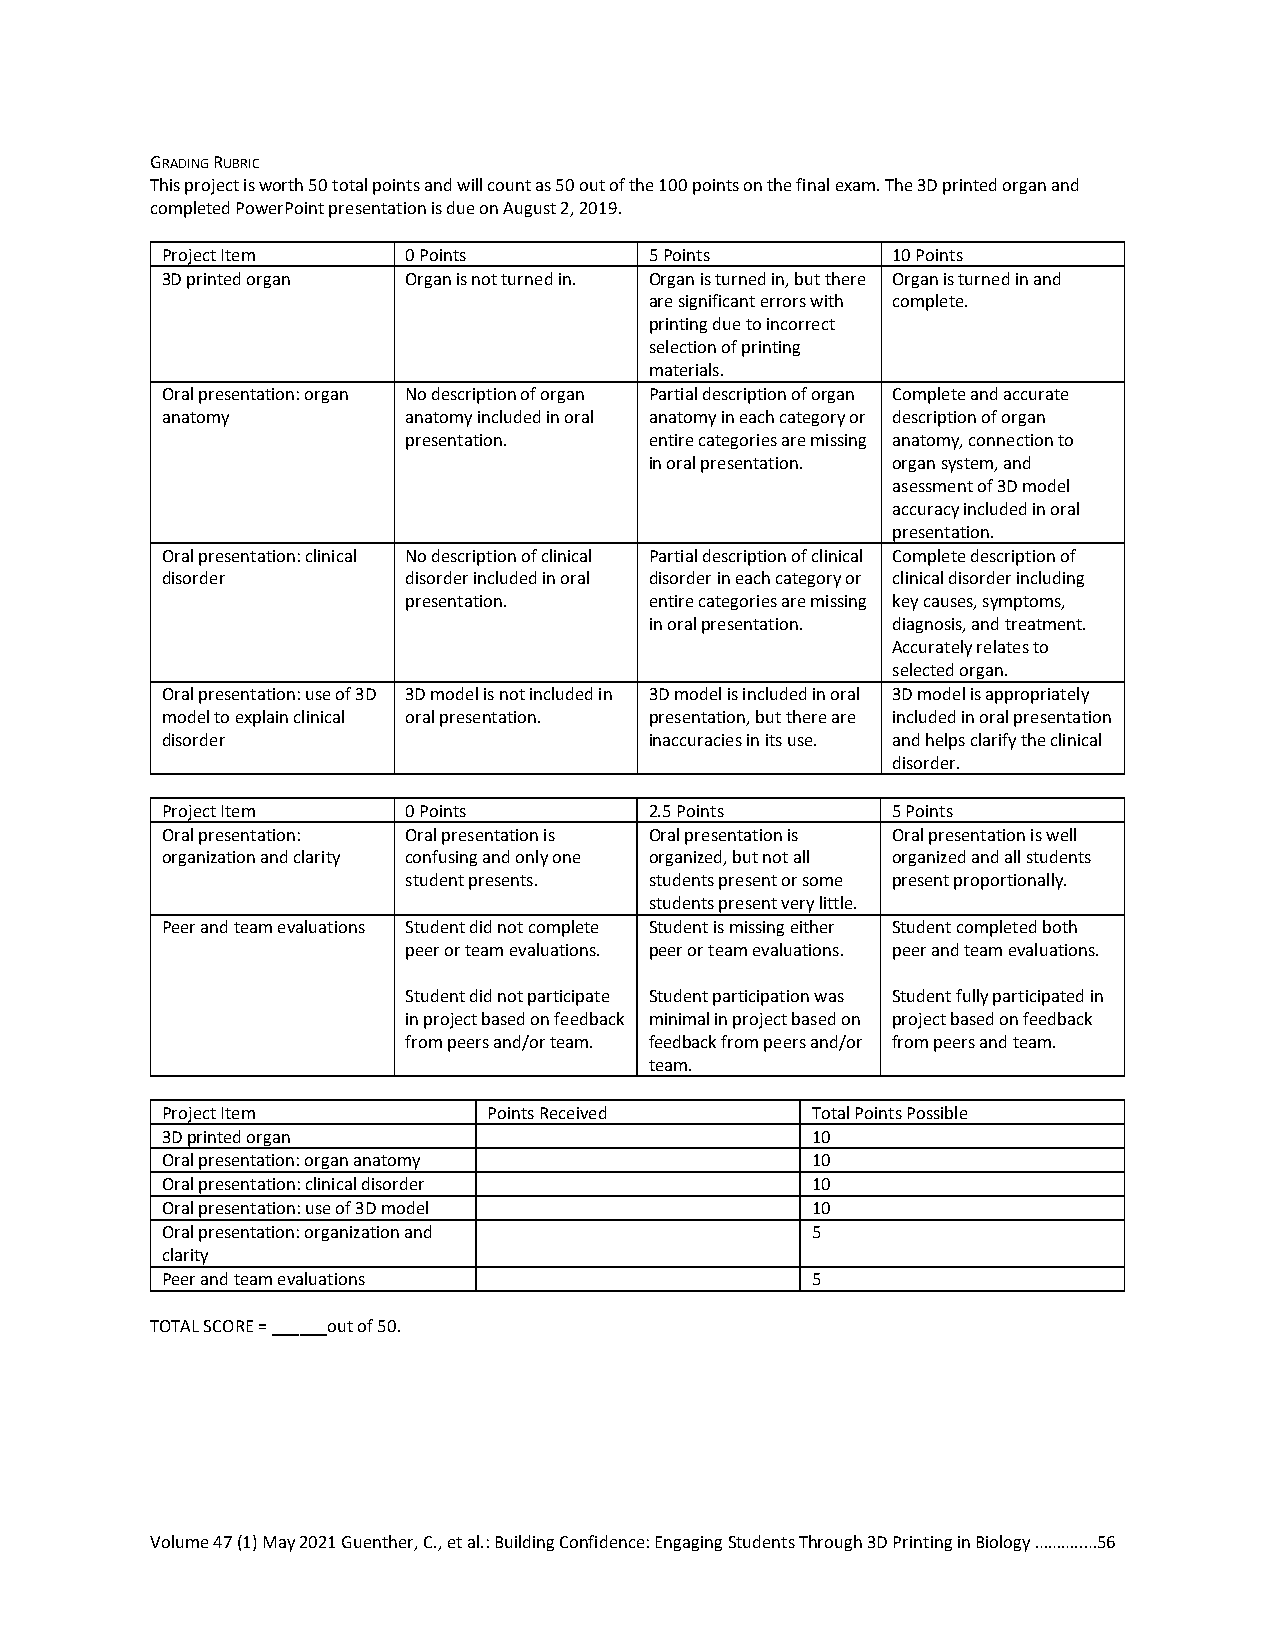
GRADING RUBRIC
 This project is worth 50 total points and will count as 50 out of the 100 points on the final exam. The 3D printed organ and
 completed PowerPoint presentation is due on August 2, 2019.
 Project Item    0 Points        5 Points        10 Points
 3D printed organ Organ is not turned in. Organ is turned in, but there Organ is turned in and
 are significant errors with complete.
 printing due to incorrect
 selection of printing
 materials.
 Oral presentation: organ No description of organ Partial description of organ Complete and accurate
 anatomy         anatomy included in oral anatomy in each category or description of organ
 presentation.   entire categories are missing anatomy, connection to
 in oral presentation. organ system, and
 asessment of 3D model
 accuracy included in oral
 presentation.
 Oral presentation: clinical No description of clinical Partial description of clinical Complete description of
 disorder        disorder included in oral disorder in each category or clinical disorder including
 presentation.   entire categories are missing key causes, symptoms,
 in oral presentation. diagnosis, and treatment.
 Accurately relates to
 selected organ.
 Oral presentation: use of 3D 3D model is not included in 3D model is included in oral 3D model is appropriately
 model to explain clinical oral presentation. presentation, but there are included in oral presentation
 disorder                        inaccuracies in its use. and helps clarify the clinical
 disorder.
 Project Item    0 Points        2.5 Points      5 Points
 Oral presentation: Oral presentation is Oral presentation is Oral presentation is well
 organization and clarity confusing and only one organized, but not all organized and all students
 student presents. students present or some present proportionally.
 students present very little.
 Peer and team evaluations Student did not complete Student is missing either Student completed both
 peer or team evaluations. peer or team evaluations. peer and team evaluations.
 Student did not participate Student participation was Student fully participated in
 in project based on feedback minimal in project based on project based on feedback
 from peers and/or team. feedback from peers and/or from peers and team.
 team.
 Project Item         Points Received       Total Points Possible
 3D printed organ                           10
 Oral presentation: organ anatomy           10
 Oral presentation: clinical disorder       10
 Oral presentation: use of 3D model         10
 Oral presentation: organization and        5
 clarity
 Peer and team evaluations                  5
 TOTAL SCORE = ______out of 50.
 Volume 47 (1) May 2021 Guenther, C., et al.: Building Confidence: Engaging Students Through 3D Printing in Biology ………..…56